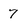
Character: 7